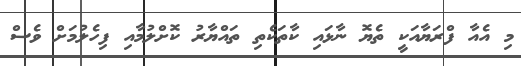
މި އެއާ ފްރަޔާއަކީ ތެޔޮ ނާޅައި ކާތަކެތި ތައްޔާރު ކޮށްލުމާއި ފިހެލުމަށް ވެސް